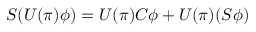
S ( U ( \pi ) \phi ) = U ( \pi ) C \phi + U ( \pi ) ( S \phi )